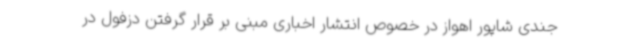
جندی شاپور اهواز در خصوص انتشار اخباری مبنی بر قرار گرفتن دزفول در